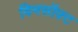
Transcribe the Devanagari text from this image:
विनसॉफ़्ट